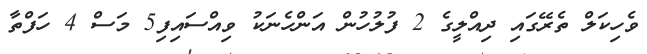
ވެހިކަލް ތެރޭގައި ދިއްލީގެ 2 ފުލުހުން އަންހެނަކު ވިއްސައިފި5 މަސް 4 ހަފްތާ